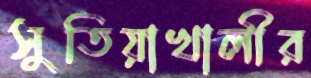
সুতিয়াখালীর